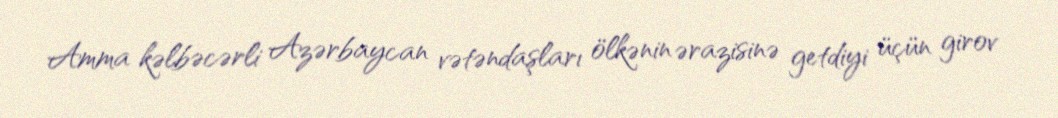
Amma kəlbəcərli Azərbaycan vətəndaşları ölkənin ərazisinə getdiyi üçün girov